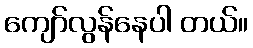
ကျော်လွန်နေပါ တယ်။